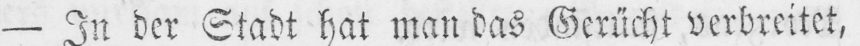
- In der Stadt hat man das Gerücht verbreitet,